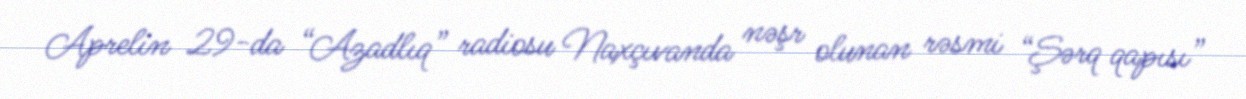
Aprelin 29-da “Azadlıq” radiosu Naxçıvanda nəşr olunan rəsmi “Şərq qapısı”